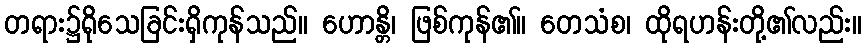
တရား၌ရိုသေခြင်းရှိကုန်သည်။ ဟောန္တိ၊ ဖြစ်ကုန်၏။ တေသံစ၊ ထိုရဟန်းတို့၏လည်း။